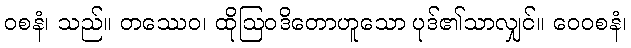
ဝစနံ၊ သည်။ တဿေဝ၊ ထိုဩဝဒိတောဟူသော ပုဒ်၏သာလျှင်။ ဝေဝစနံ၊